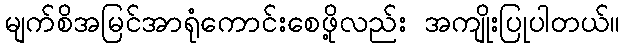
မျက်စိအမြင်အာရုံကောင်းစေဖို့လည်း အကျိုးပြုပါတယ်။